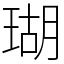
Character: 瑚